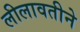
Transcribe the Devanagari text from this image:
लीलावतीने